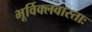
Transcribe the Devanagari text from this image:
भूर्विक्लवास्ताः